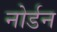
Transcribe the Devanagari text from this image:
नोर्डन